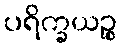
ပရိက္ခယဉ္စ